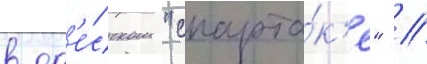
в од'е́сском "спарта́к'е" //